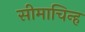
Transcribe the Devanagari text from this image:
सीमाचिन्‍ह